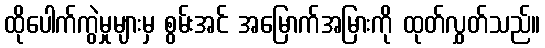
ထိုပေါက်ကွဲမှုများမှ စွမ်းအင် အမြောက်အမြားကို ထုတ်လွှတ်သည်။